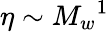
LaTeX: \eta\sim{M_{w}}^{1}